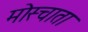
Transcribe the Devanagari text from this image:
मोस्चाता